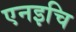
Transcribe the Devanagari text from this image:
एनइचि